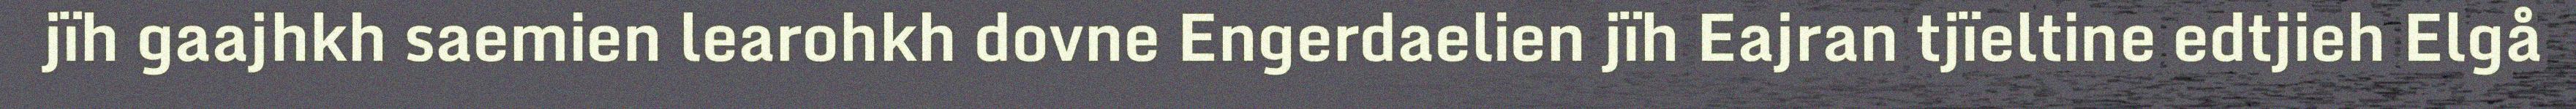
jïh gaajhkh saemien learohkh dovne Engerdaelien jïh Eajran tjïeltine edtjieh Elgå